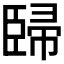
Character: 𰯳